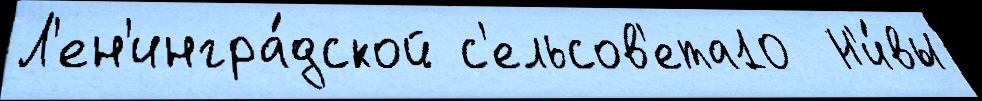
Л'ен'ингра́дской с'ельсов'ета10  Н'и́вы